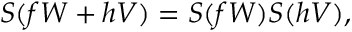
S ( f W + h V ) = S ( f W ) S ( h V ) ,